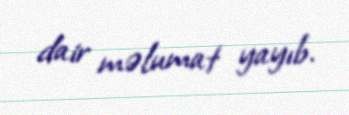
dair məlumat yayıb.